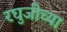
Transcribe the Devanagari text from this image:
रघुजीच्या